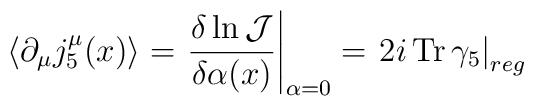
\langle \partial_\mu j^\mu_5 (x) \rangle = \left. \frac{\delta \ln {\mathcal J} }{\delta \alpha(x)} \right|_{\alpha = 0}= \left.2 i \, {\rm Tr}\,\gamma_5 \right|_{reg}